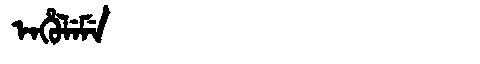
Manchu: ᡝᠨᡥᡠᠯᡝᠮᡝ
Romanization: ENHULEME